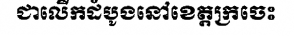
ជាលើកដំបូងនៅខេត្តក្រចេះ